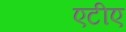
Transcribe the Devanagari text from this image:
एटीए